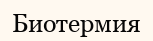
Биотермия